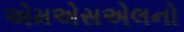
એમએસએલનો